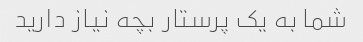
شما به یک پرستار بچه نیاز دارید